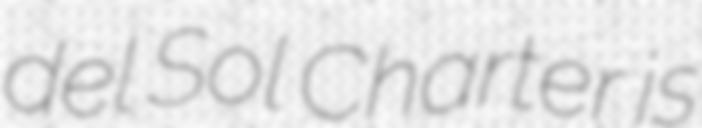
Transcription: del Sol Charter is